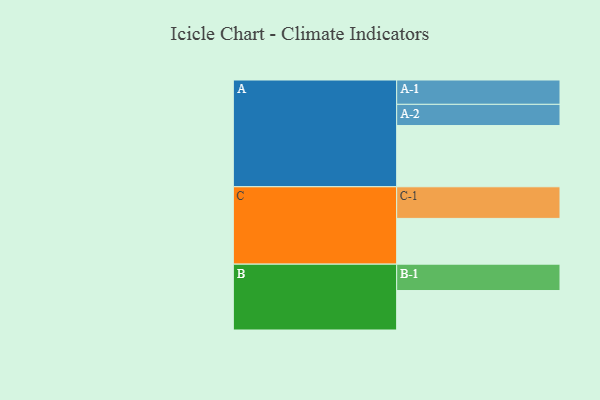
{"axis": {"x": "Segment", "y": "Value"}, "legend": ["", "A", "B", "C"], "data": [{"x": "A", "y": 546, "type": ""}, {"x": "B", "y": 352, "type": ""}, {"x": "C", "y": 408, "type": ""}, {"x": "A-1", "y": 217, "type": "A"}, {"x": "A-2", "y": 189, "type": "A"}, {"x": "B-1", "y": 235, "type": "B"}, {"x": "C-1", "y": 282, "type": "C"}]}